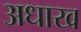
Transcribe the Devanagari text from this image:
अधाख